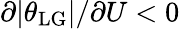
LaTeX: \partial|\theta_{\mathrm{LG}}|/\partial U<0